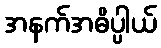
အနက်အဓိပ္ပါယ်